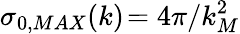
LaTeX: \sigma_{0,MAX}(k)\! =4\pi/k_{M}^{2}